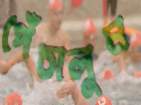
পেঁচালুম